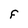
Character: F